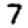
Digit: 7